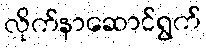
လိုက်နာဆောင်ရွက်